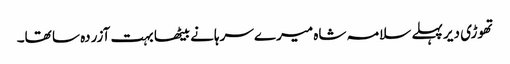
تھوڑی دیر پہلے سلامہ شاہ میرے سرہانے بیٹھا بہت آزردہ سا تھا۔